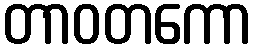
တာဝတကော